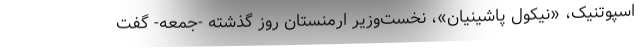
اسپوتنیک، «نیکول پاشینیان»، نخست‌وزیر ارمنستان روز گذشته -‌جمعه- گفت